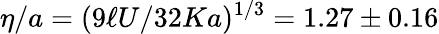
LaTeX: \eta/a=(9\ell U/32Ka)^{1/3}=1.27\pm 0.16